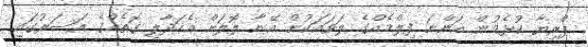
ޕްރިޔާ ކުޅެމުން އަންނަ ފިލްމެއްގެ ލަވައަކުން އޭނާ ލޮލަށް އެހަދާލި ގޮތެއްގެ އަސަރުގައި